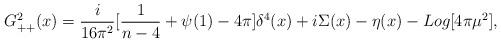
LaTeX: \begin{align*}G_{++}^2(x)={i\over{16 \pi^2}}[{1\over{n-4}}+\psi(1) - 4 \pi]\delta^4(x)+i\Sigma(x) - \eta(x) - Log[4 \pi \mu^2],\end{align*}